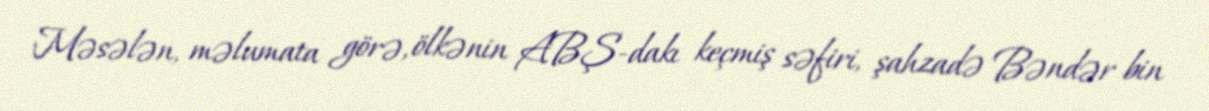
Məsələn, məlumata görə, ölkənin ABŞ-dakı keçmiş səfiri, şahzadə Bəndər bin